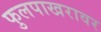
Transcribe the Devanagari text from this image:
फुलपाखरावर